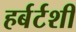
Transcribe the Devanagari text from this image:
हर्बर्टशी